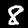
Digit: 8